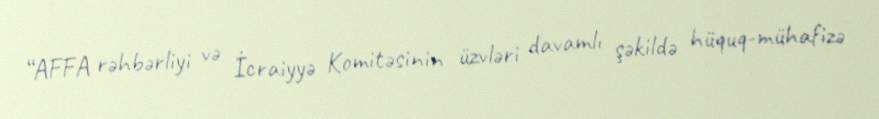
“AFFA rəhbərliyi və İcraiyyə Komitəsinin üzvləri davamlı şəkildə hüquq-mühafizə